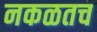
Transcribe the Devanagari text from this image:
नकळतच